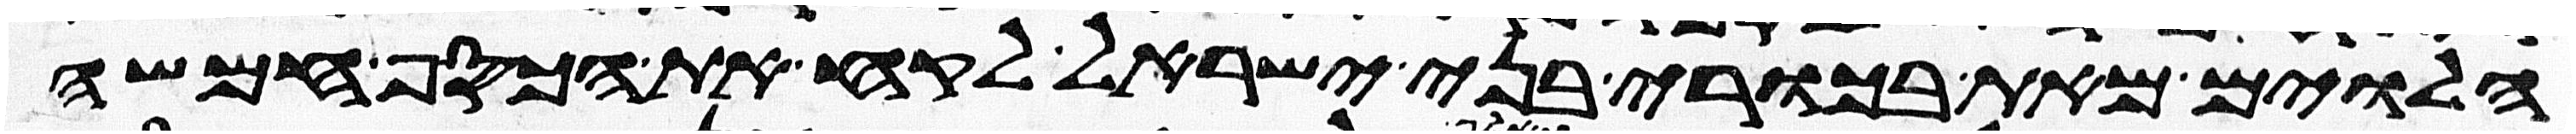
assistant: הלוים מאת בכורי בני ישראל לקח את הכסף חמשה